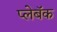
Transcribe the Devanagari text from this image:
प्लेबॅक